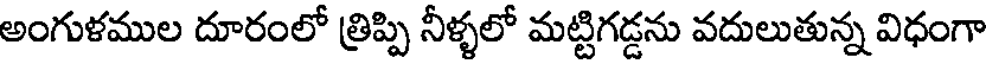
అంగుళముల దూరంలో త్రిప్పి నీళ్ళలో మట్టిగడ్డను వదులుతున్న విధంగా